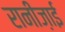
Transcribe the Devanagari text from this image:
रानीज़ाई